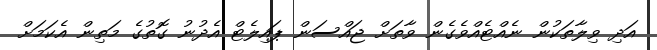
އަދި ވިލާތަކުން ނެއްޓެއްވެގެން ވާތަށް ޖައްސަން ޕައިލެޓް އެދުނު ގޮތުގެ މަތިން އެކަމަށް